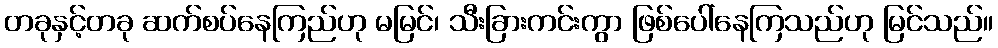
တခုနှင့်တခု ဆက်စပ်နေကြည်ဟု မမြင်၊ သီးခြားကင်းကွာ ဖြစ်ပေါ်နေကြသည်ဟု မြင်သည်။